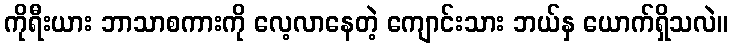
ကိုရီးယား ဘာသာစကားကို လေ့လာနေတဲ့ ကျောင်းသား ဘယ်နှ ယောက်ရှိသလဲ။